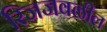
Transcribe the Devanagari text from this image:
रिजजवळील